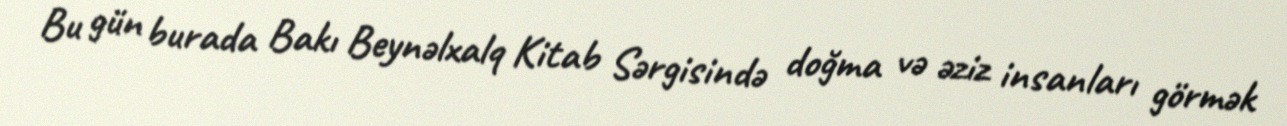
Bu gün burada Bakı Beynəlxalq Kitab Sərgisində doğma və əziz insanları görmək